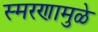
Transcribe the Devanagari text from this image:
स्‍मरणामुळे